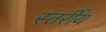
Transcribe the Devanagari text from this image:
स्तर्रीय